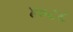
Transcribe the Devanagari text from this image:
४०८८